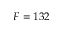
F = 1 3 2